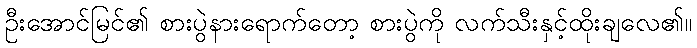
ဦးအောင်မြင်၏ စားပွဲနားရောက်တော့ စားပွဲကို လက်သီးနှင့်ထိုးချလေ၏။